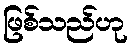
ဖြစ်သည်ဟု